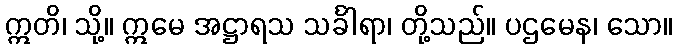
ဣတိ၊ သို့။ ဣမေ အဋ္ဌာရသ သင်္ခါရာ၊ တို့သည်။ ပဌမေန၊ သော။